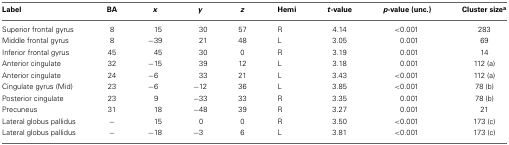
<table><thead><tr><td><b>Label</b></td><td><b>BA</b></td><td><b><i>x</i></b></td><td><b><i>y</i></b></td><td><b><i>z</i></b></td><td><b>Hemi</b></td><td><b><i>t</i>-value</b></td><td><b><i>p</i>-value (unc.)</b></td><td><b>Cluster size<sup>a</sup></b></td></tr></thead><tbody><tr><td>Superior frontal gyrus</td><td>8</td><td>15</td><td>30</td><td>57</td><td>R</td><td>4.14</td><td>&lt;0.001</td><td>283</td></tr><tr><td>Middle frontal gyrus</td><td>8</td><td>−39</td><td>21</td><td>48</td><td>L</td><td>3.05</td><td>0.001</td><td>69</td></tr><tr><td>Inferior frontal gyrus</td><td>45</td><td>45</td><td>30</td><td>0</td><td>R</td><td>3.19</td><td>0.001</td><td>14</td></tr><tr><td>Anterior cingulate</td><td>32</td><td>−15</td><td>39</td><td>12</td><td>L</td><td>3.18</td><td>0.001</td><td>112 (a)</td></tr><tr><td>Anterior cingulate</td><td>24</td><td>−6</td><td>33</td><td>21</td><td>L</td><td>3.43</td><td>&lt;0.001</td><td>112 (a)</td></tr><tr><td>Cingulate gyrus (Mid)</td><td>23</td><td>−6</td><td>−12</td><td>36</td><td>L</td><td>3.85</td><td>&lt;0.001</td><td>78 (b)</td></tr><tr><td>Posterior cingulate</td><td>23</td><td>9</td><td>−33</td><td>33</td><td>R</td><td>3.35</td><td>0.001</td><td>78 (b)</td></tr><tr><td>Precuneus</td><td>31</td><td>18</td><td>−48</td><td>39</td><td>R</td><td>3.27</td><td>0.001</td><td>21</td></tr><tr><td>Lateral globus pallidus</td><td>−</td><td>15</td><td>0</td><td>0</td><td>R</td><td>3.50</td><td>&lt;0.001</td><td>173 (c)</td></tr><tr><td>Lateral globus pallidus</td><td>−</td><td>−18</td><td>−3</td><td>6</td><td>L</td><td>3.81</td><td>&lt;0.001</td><td>173 (c)</td></tr></tbody></table>